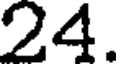
24.